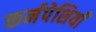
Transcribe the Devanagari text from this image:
कर्मपेशियाँ